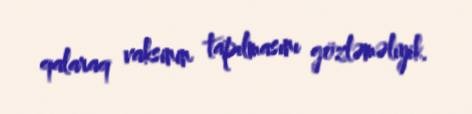
qalaraq vaksinin tapılmasını gözləməliyik.